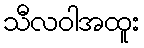
သီလဝါအထူး